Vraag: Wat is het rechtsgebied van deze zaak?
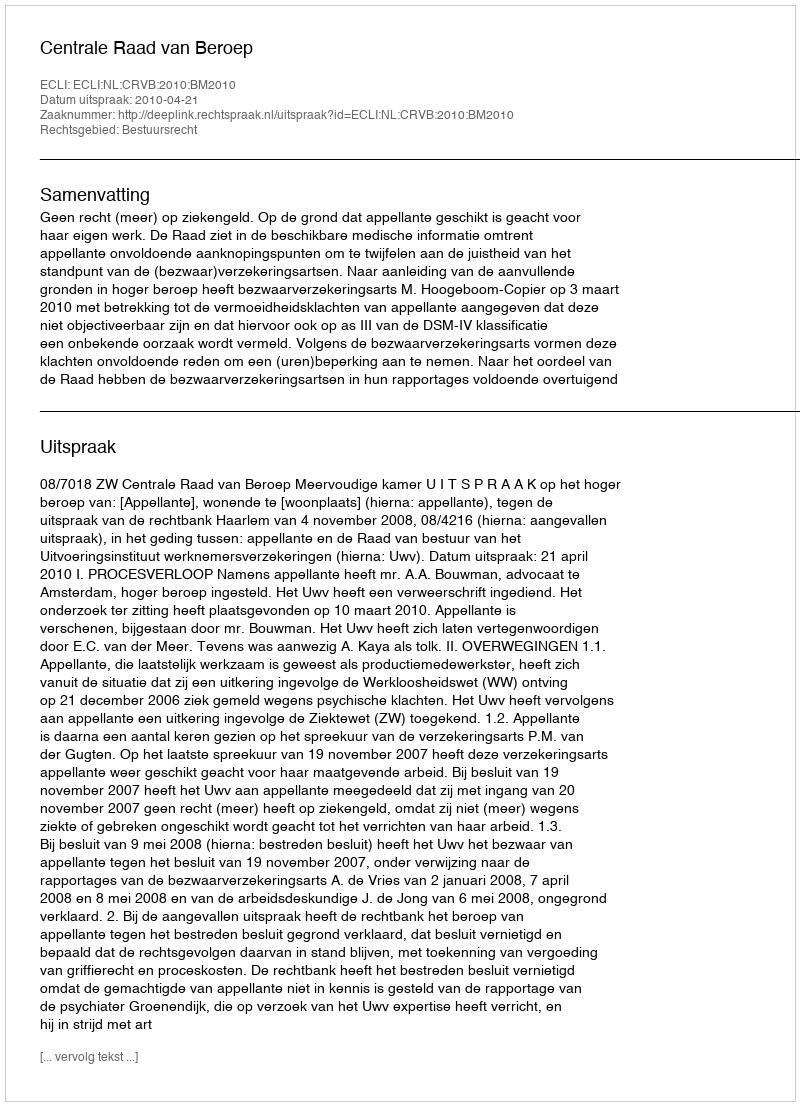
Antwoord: Bestuursrecht